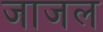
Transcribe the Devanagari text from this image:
जाजल